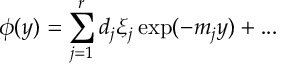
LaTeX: \phi ( y ) = \sum _ { j = 1 } ^ { r } d _ { j } \xi _ { j } \exp ( - m _ { j } y ) + . . .